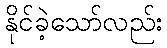
နိုင်ခဲ့သော်လည်း